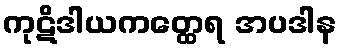
ကုဋိဒါယကတ္ထေရ အပဒါန